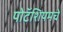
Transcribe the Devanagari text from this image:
पोटॅशियमचे